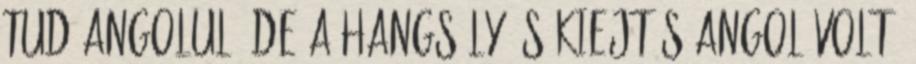
tud angolul, de a hangsúly és kiejtés angol volt.